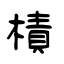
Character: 樍